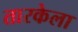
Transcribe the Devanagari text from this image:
तारकेला